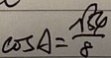
\cos A = \frac { \sqrt { 5 4 } } { 8 }